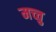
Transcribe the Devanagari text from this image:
मच्चु